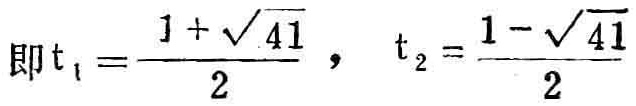
即\(t_{1}=\frac{1 + \sqrt{41}}{2}, t_{2}=\frac{1 - \sqrt{41}}{2}\)